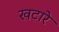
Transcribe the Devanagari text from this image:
खटारे